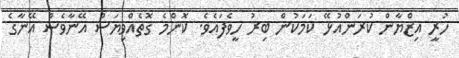
ހުރީ އިޒްޔާން ކުރަންއުޅޭ ކަމަކުން ބިރު ހީވެފައެވެ. ކޮންމެ ގޮތެއްވިޔަސް އޭނާވެސް އޭނާގެ